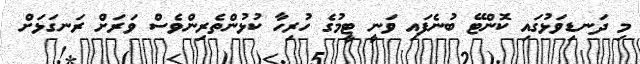
މި ދަނޑިވަޅުގައި ކޮންޓޭ ބުނެފައި ވަނީ ޓީމުގެ ހުރިހާ ކުޅުންތެރިންވެސް ވަރަށް ރަނގަޅަށް